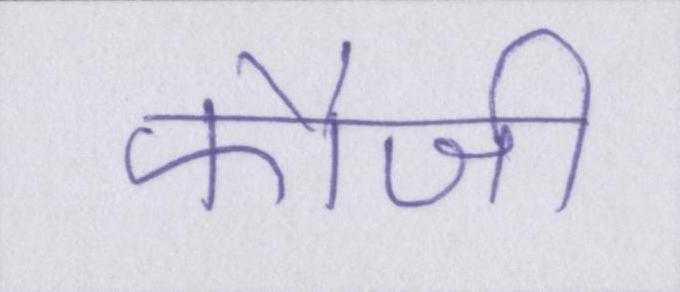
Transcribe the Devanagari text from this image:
फौजी